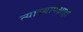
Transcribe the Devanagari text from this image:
त्याच्यापेक्षाही